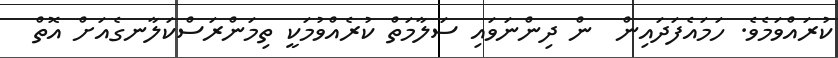
ކުރައްވަމެވެ. ހަމައެފަދައިން  ން ދިންނަވައި ސަލާމަތް ކުރެއްވުމަކީ ތިމަންރަސްކަލާނގެއަށް އޮތް